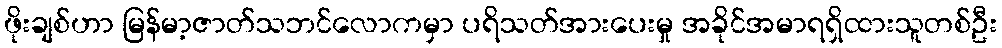
ဖိုးချစ်ဟာ မြန်မာ့ဇာတ်သဘင်လောကမှာ ပရိသတ်အားပေးမှု အခိုင်အမာရရှိထားသူတစ်ဦး